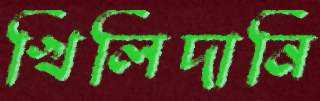
খিলিদানি